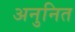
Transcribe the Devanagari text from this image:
अनुनित